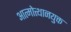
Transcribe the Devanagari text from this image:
आत्मोत्थानयुक्त